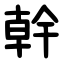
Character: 幹